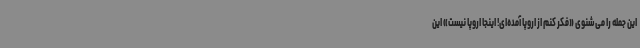
این جمله را می‌شنوی «فکر کنم از اروپا آمده‌ای! اینجا اروپا نیست» این